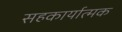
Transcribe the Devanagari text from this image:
सहकार्यात्मक